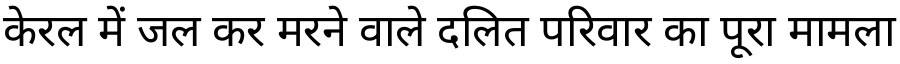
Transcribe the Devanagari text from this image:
केरल में जल कर मरने वाले दलित परिवार का पूरा मामला